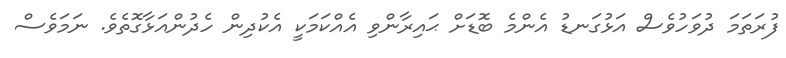
ފުރަތަމަ ދުވަހުވެސް އަޅުގަނޑު އެންމެ ބޮޑަށް ޙައިރާންވި އެއްކަމަކީ އެކުދިން ހެދުންއަޅާގޮތެވެ. ނަމަވެސް